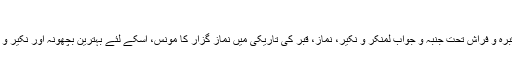
خصال صدوق ج۱ ص۱۰۳
↑ پیامبر(ص): الصلاۃ انس فی قبرہ و فراش تحت جنبہ و جواب لمنکر و نکیر، نماز، قبر کی تاریکی میں نماز گزار کا مونس، اسکے لئے بہترین بچھونہ اور نکیر و منکر کے سوالوں کا جواب ہے۔